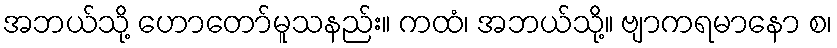
အဘယ်သို့ ဟောတော်မူသနည်း။ ကထံ၊ အဘယ်သို့။ ဗျာကရမာနော စ၊